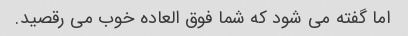
اما گفته می شود که شما فوق العاده خوب می رقصید.